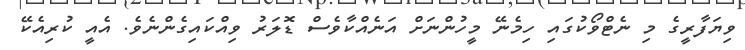
ވިޔަފާރީގެ މި ނެޓްވޯކުގައި ހިމެނޭ މީހުންނަށް އަނެއްކާވެސް ޑޮލަރު ވިއްކައިގެންނެވެ. އެއީ ކުރިއެކޭ